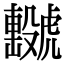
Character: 𧈖